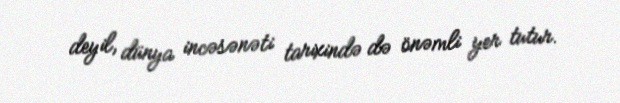
deyil, dünya incəsənəti tarixində də önəmli yer tutur.